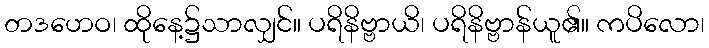
တဒဟေဝ၊ ထိုနေ့၌သာလျှင်။ ပရိနိဗ္ဗာယိ၊ ပရိနိဗ္ဗာန်ယူ၏။ ကပိလော၊